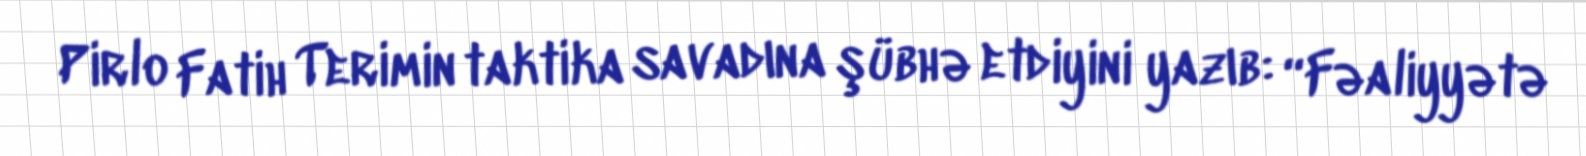
Pirlo Fatih Terimin taktika savadına şübhə etdiyini yazıb: “Fəaliyyətə